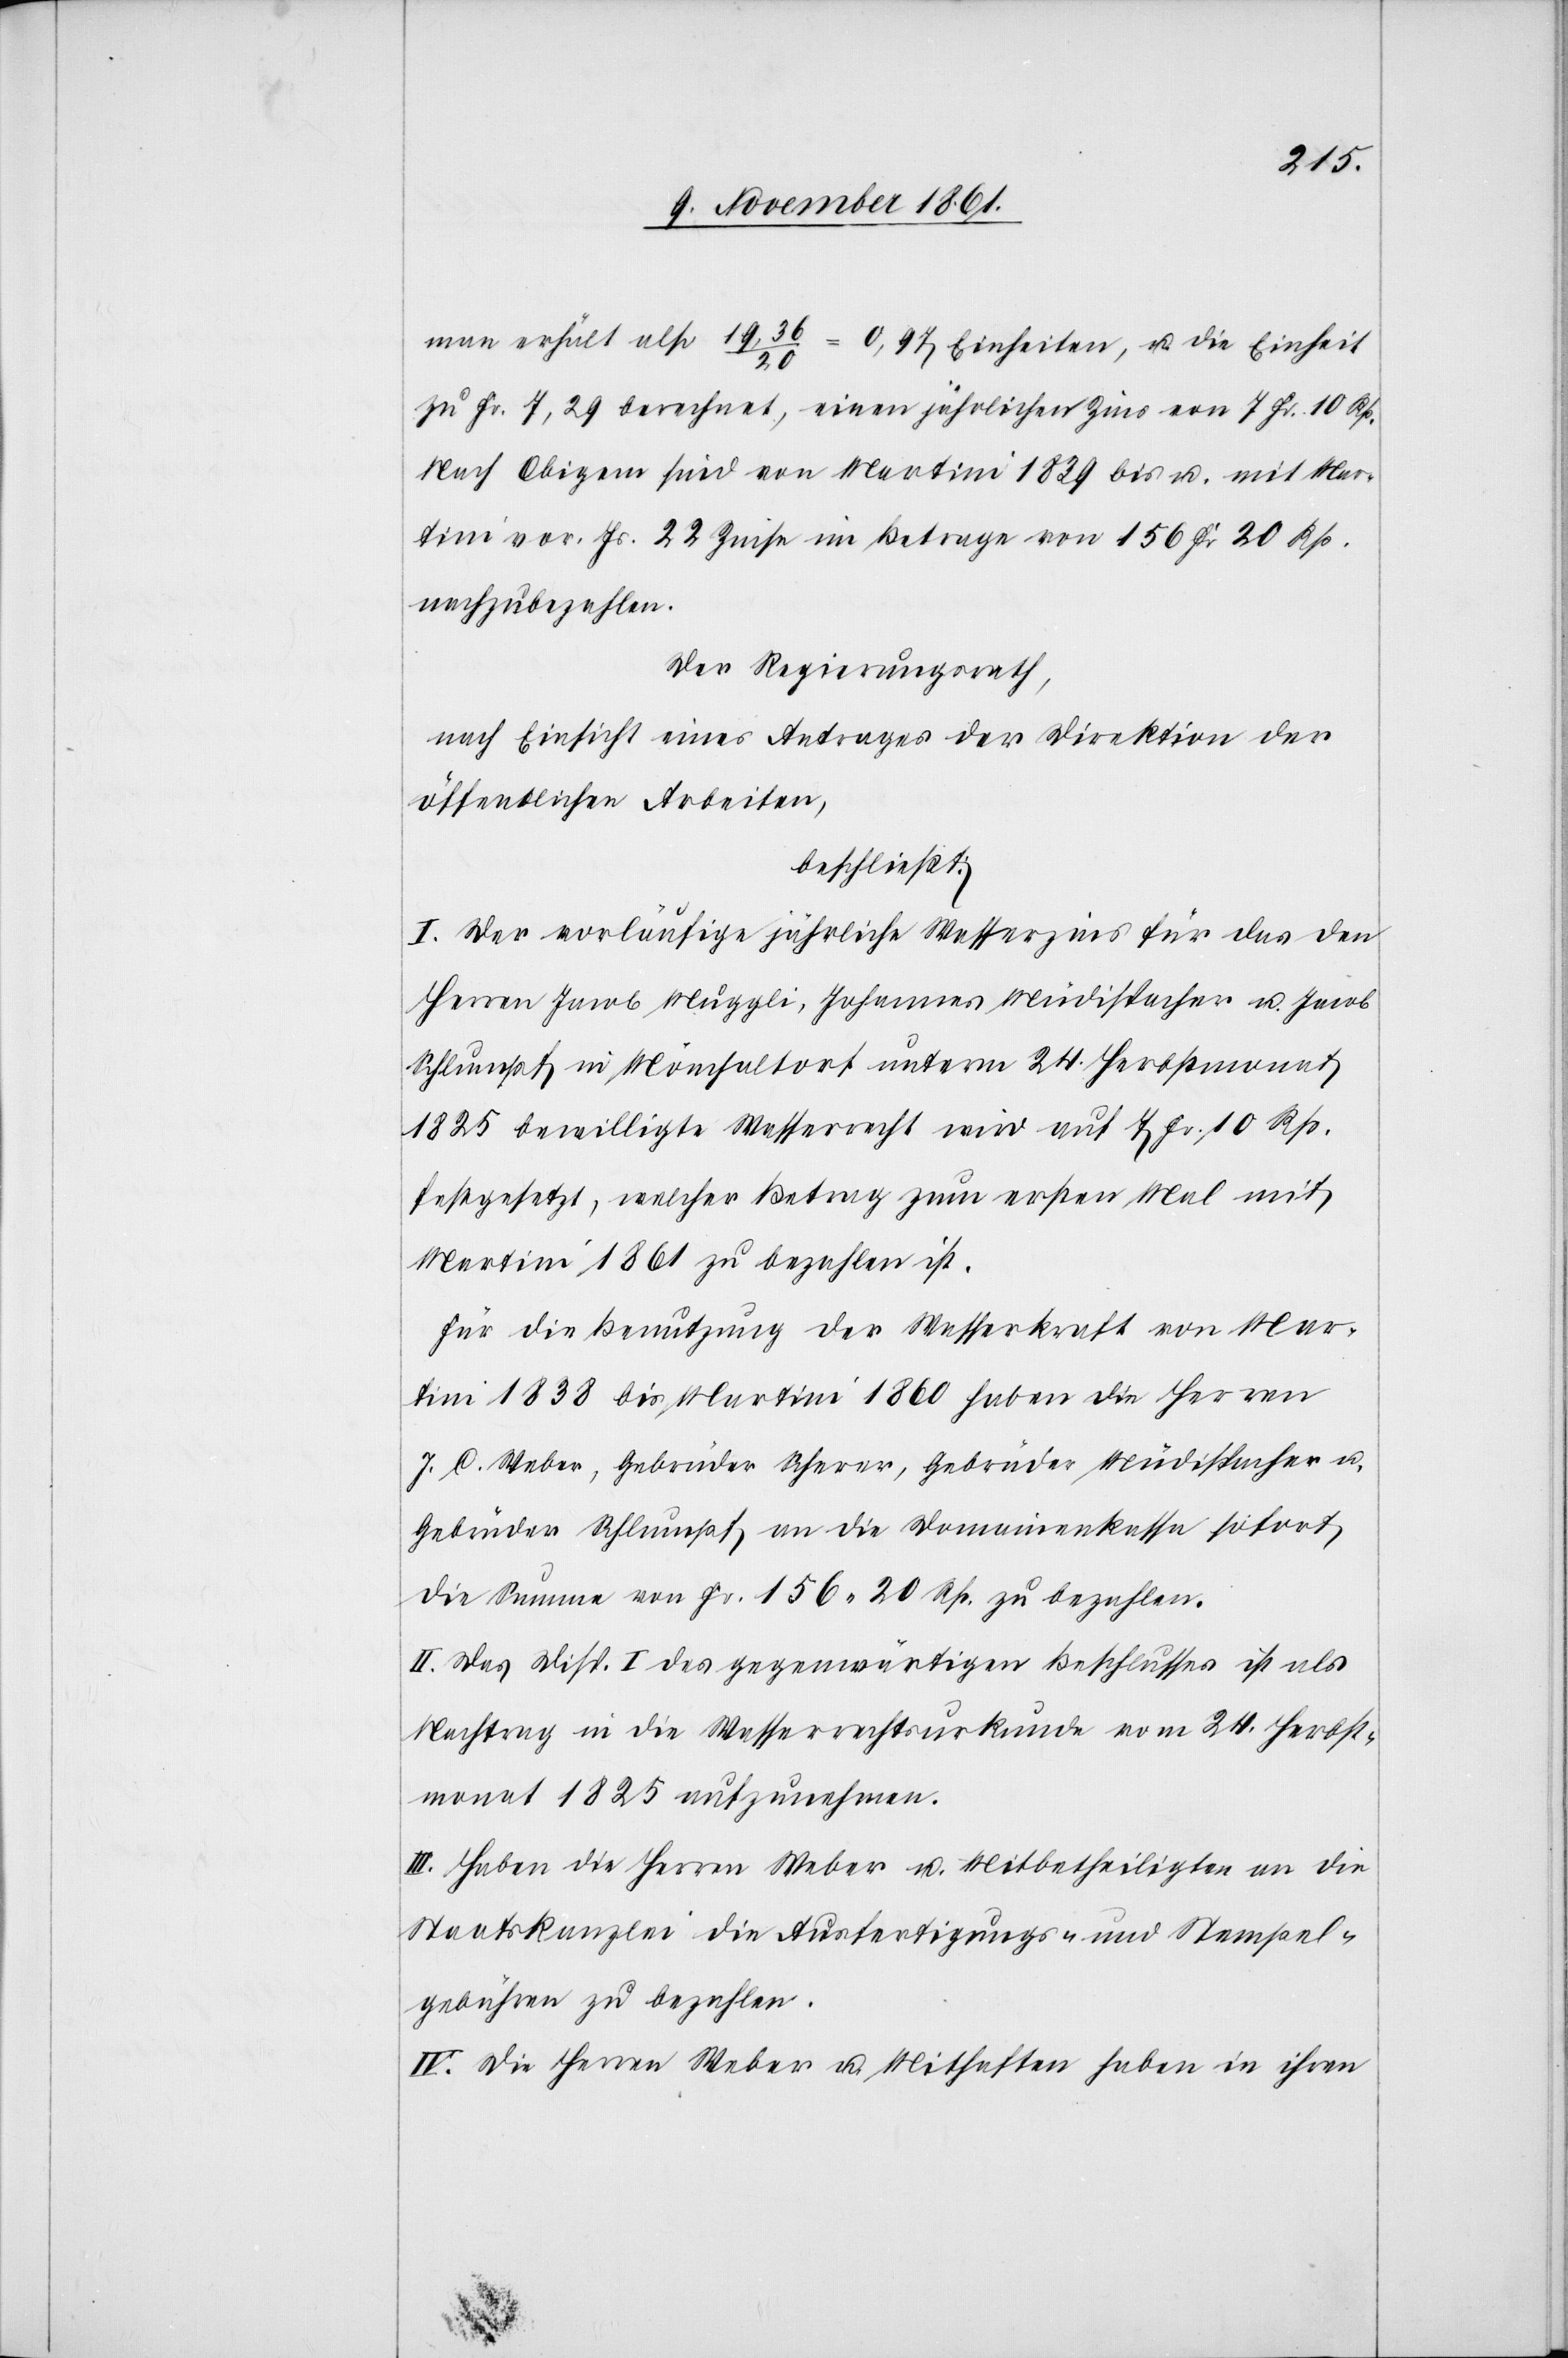
man erhält also 19,36 / 20 = 0,97 Einheiten, u. die Einheit
zu Fr. 7,29 berechnet, einen jährlichen Zins von 7 Fr. 10 Rp.
Nach Obigem sind von Martini 1839 bis u. mit Mar¬
tini vor. Js. 22 Zinse im Betrage von 156 Fr. 20 Rp.
nachzubezahlen.
Der Regierungsrath,
nach Einsicht eines Antrages der Direktion der
öffentlichen Arbeiten,
beschließt:
I. Der vorläufige jährliche Wasserzins für das den
Herrn Jacob Muggli, Johannes Müdispacher u. Jacob
Schlumpf in Mönchaltorf unterm 24 Herbstmonat
1825 bewilligte Wasserrecht wird auf 7 Fr. 10 Rp.
festgesetzt, welcher Betrag zum ersten Mal mit
Martini 1861 zu bezahlen ist.
Für die Benutzung der Wasserkraft von Mar¬
tini 1838 bis Martini 1860 haben die Herren
J. C. Weber, Gebrüder Scherer, Gebrüder Müdispacher u.
Gebrüder Schlumpf an die Domainenkassa sofort
die Summe von Fr. 156. 20 Rp. zu bezahlen.
II. Das Disp. I des gegenwärtigen Beschlusses ist als
Nachtrag in die Wasserrechtsurkunde vom 24 Herbst¬
monat 1825 aufzunehmen.
III. Haben die Herrn Weber u. Mitbetheiligte an die
Staatskanzlei die Ausfertigungs- u. Stempel¬
gebühren zu bezahlen.
IV. Die Herrn Weber u. Mithaften haben in ihren